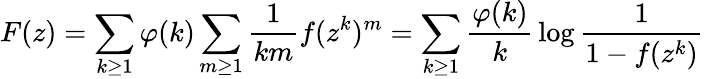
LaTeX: F(z)=\sum_{k\geq 1}\varphi(k)\sum_{m\geq 1}{\frac{1}{km}}f(z^{k})^{m}=\sum_{k\geq 1}{\frac{\varphi(k)}{k}}\log{\frac{1}{1-f(z^{k})}}